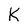
Character: K